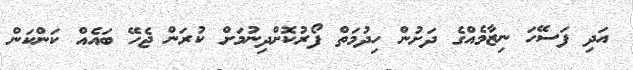
އަދި ފަސޭހަ ނިޒާމެއްގެ ދަށުން ހިދުމަތް ފޯރުކޮށްދިނުމަށް ކުރަން ޖެހޭ ބައެއް ކަންކަން